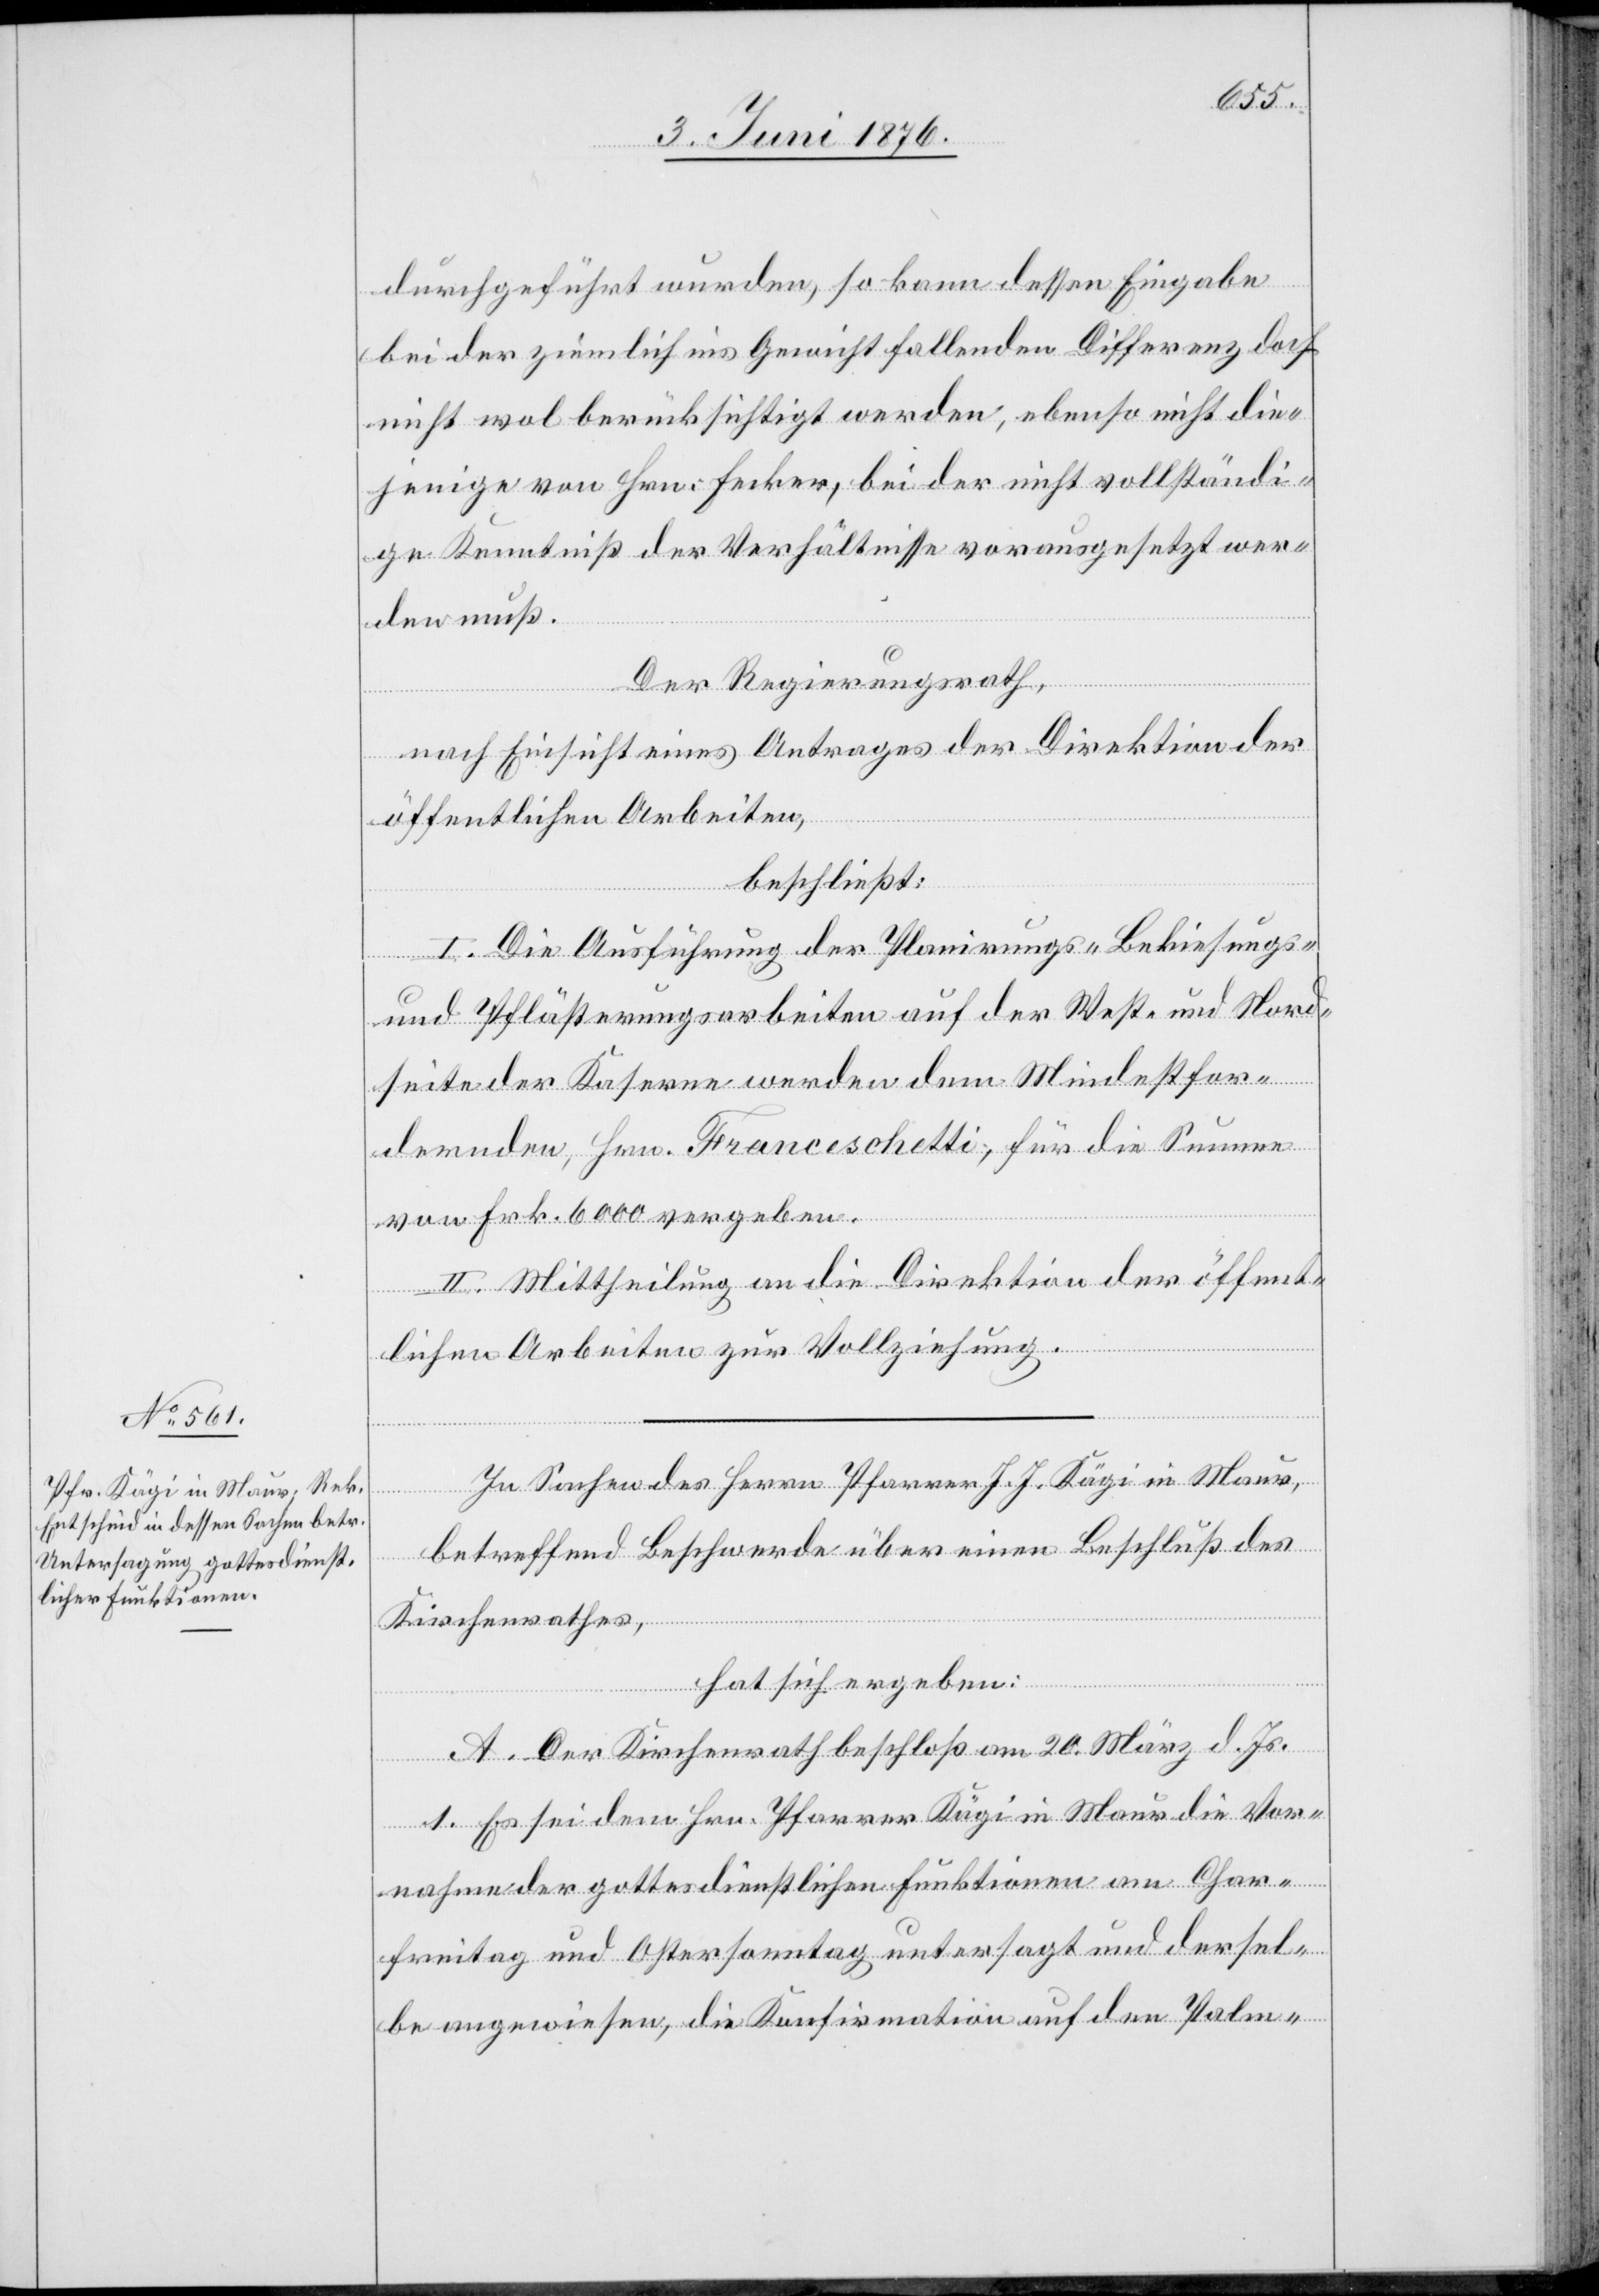
durchgeführt wurden, so kann dessen Eingabe
bei der ziemlich ins Gewicht fallenden Differenz doch
nicht wol berücksichtigt werden, ebenso nicht die¬
jenige von Hrn. Fecker, bei der nicht vollständi¬
ge Kenntniß der Verhältnisse vorausgesetzt wer¬
den muß.
Der Regierungsrath,
nach Einsicht eines Antrages der Direktion der
öffentlichen Arbeiten,
beschließt:
I. Die Ausführung der Planirungs-[,] Bekiesungs-
und Pflästerungsarbeiten auf der West- und Nord¬
seite der Kaserne werden dem Mindestfor¬
dernden, Hrn. Franceschetti, für die Summe
von Frk. 6000 vergeben.
II. Mittheilung an die Direktion der öffent¬
lichen Arbeiten zur Vollziehung.
In Sachen des Herrn Pfarrer J. J. Kägi in Maur,
betreffend Beschwerde über einen Beschluß des
Kirchenrathes,
hat sich ergeben:
A. Der Kirchenrath beschloß am 20. März d. Js.
1. Es sei dem Hrn. Pfarrer Kägi in Maur die Vor¬
nahme der gottesdienstlichen Funktionen am Char¬
freitag und Ostersonntag untersagt und dersel¬
be angewiesen, die Konfirmation auf den Palm-